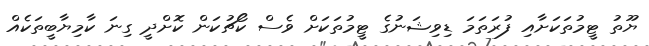
ޔޫތު ޓީމުތަކަށާއި ފުރަތަމަ ޑިވިޝަނުގެ ޓީމުތަކަށް ވެސް ކޯޗުކަން ކޮށްދީ ގިނަ ކާމިޔާބީތަކެއް